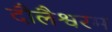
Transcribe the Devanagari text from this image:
दौलैश्वरम